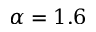
\alpha = 1 . 6